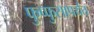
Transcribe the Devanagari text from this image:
फुप्फुसापर्यंत